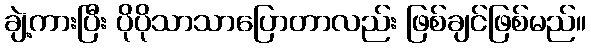
ချဲ့ကားပြီး ပိုပိုသာသာပြောတာလည်း ဖြစ်ချင်ဖြစ်မည်။